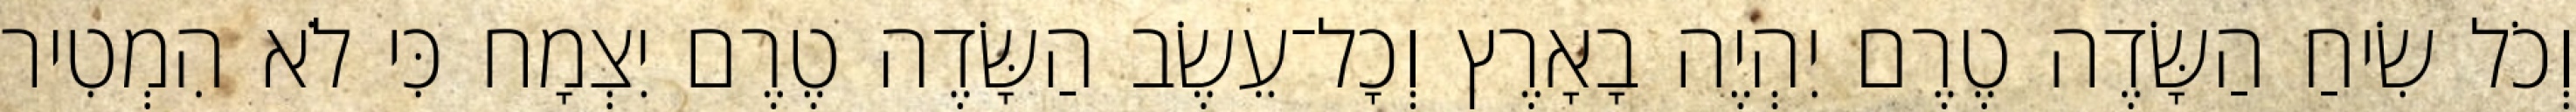
וְכֹל שִׂיחַ הַשָּׂדֶה טֶרֶם יִהְיֶה בָאָרֶץ וְכָל־עֵשֶׂב הַשָּׂדֶה טֶרֶם יִצְמָח כִּי לֹא הִמְטִיר